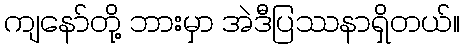
ကျနော်တို့ ဘားမှာ အဲဒီပြဿနာရှိတယ်။